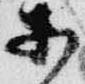
等